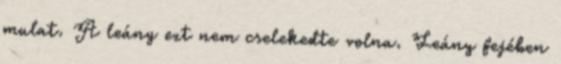
mulat. A leány ezt nem cselekedte volna. Leány fejében